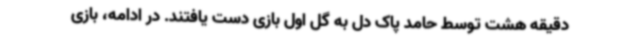
دقیقه هشت توسط حامد پاک دل به گل اول بازی دست یافتند. در ادامه، بازی